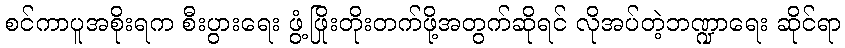
စင်ကာပူအစိုးရက စီးပွားရေး ဖွံ့ဖြိုးတိုးတက်ဖို့အတွက်ဆိုရင် လိုအပ်တဲ့ဘဏ္ဍာရေး ဆိုင်ရာ